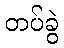
တပ်ခွဲ